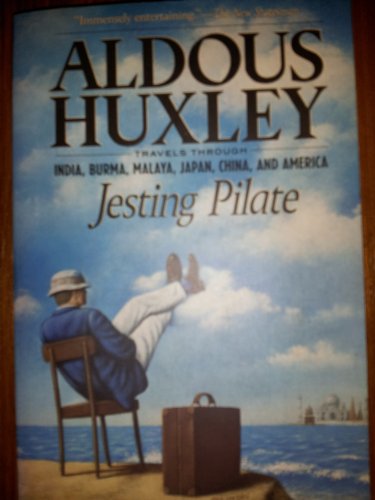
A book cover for Jesting Pilate: Travels through India, Burma, Malaya, Japan, China, and America; Aldous Huxley; Travel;